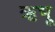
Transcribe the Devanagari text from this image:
ऋभू